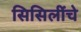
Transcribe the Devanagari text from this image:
सिसिलींचे